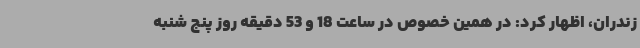
زندران، اظهار کرد: در همین خصوص در ساعت 18 و 53 دقیقه روز پنج شنبه